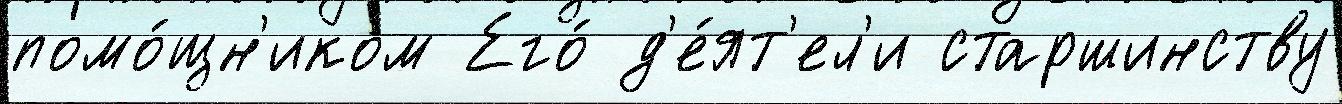
помо́щн'иком Его́ д'е́ят'ел'и старшинству